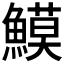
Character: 𩻁